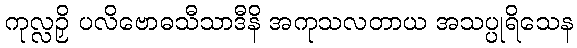
ကုလ္လဉှိ ပလိဗောဓသီသာဒီနိ အကုသလတာယ အသပ္ပုရိသေန